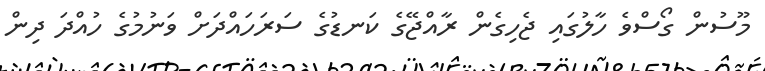
މޫސުން ގޯސްވެ ހާލުގައި ޖެހިގެން ރާއްޖޭގެ ކަނޑުގެ ސަރަހައްދަށް ވަނުމުގެ ހުއްދަ ދިން